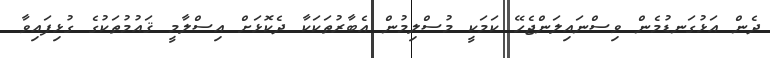
ދެން އަޅުގަނޑުމެން ވިސްނައިލަންޖެހޭ ކަމަކީ މުސްލިމުން އެބާރުތަކަކާ ދެކޮޅަށް އިސްލާމީ ޤައުމުތަކުގެ ގުޅިފައިވާ